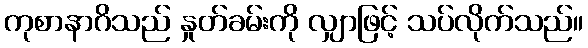
ကုစာနာဂိသည် နှုတ်ခမ်းကို လျှာဖြင့် သပ်လိုက်သည်။